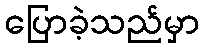
ပြောခဲ့သည်မှာ